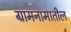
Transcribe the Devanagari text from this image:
ग्रामनामातील